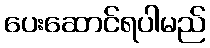
ပေးဆောင်ရပါမည်